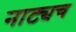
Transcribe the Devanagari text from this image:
नाट्यच